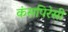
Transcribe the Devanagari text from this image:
कंसपिरेसी